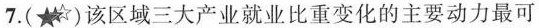
7.( )该区域三大产业就业比重变化的主要动力最可